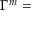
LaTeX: \nonumber \Gamma ^ { m } =